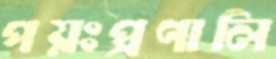
পয়ঃপ্রণালি